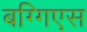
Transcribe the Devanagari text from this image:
बग्गिएस